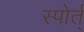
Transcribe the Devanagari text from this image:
स्पोर्त्